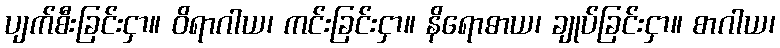
ပျက်စီးခြင်းငှာ။ ဝိရာဂါယ၊ ကင်းခြင်းငှာ။ နိရောဓာယ၊ ချုပ်ခြင်းငှာ။ စာဂါယ၊